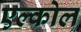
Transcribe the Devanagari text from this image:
एल्कोल